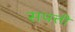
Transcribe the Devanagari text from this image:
सपत्ती